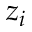
z _ { i }